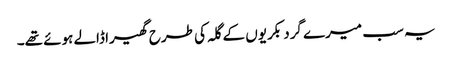
یہ سب میرے گرد بکریوں کے گلہ کی طرح گھیرا ڈالے ہوئے تھے۔